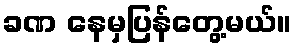
ခဏ နေမှပြန်တွေ့မယ်။